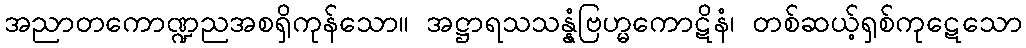
အညာတကောဏ္ဍညအစရှိကုန်သော။ အဋ္ဌာရသသန္နံဗြဟ္မကောဋိနံ၊ တစ်ဆယ့်ရှစ်ကုဋေသော